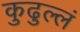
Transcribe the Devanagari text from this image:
कुढुल्लं